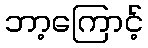
ဘာ့ကြောင့်